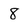
Character: 8